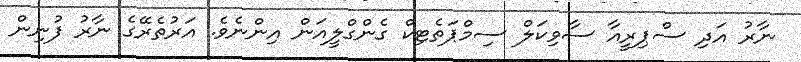
ނާރު އަދި ސްޕިރީއާ ސާވިކަލް ސިމްޕަތެޓިކް ގެންގްލީއަން އިންނެވެ. އަރުތެރޭގެ ނާރު ފުނިން